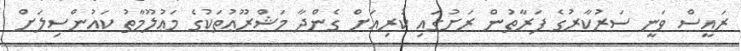
ރައީސް ވަނީ ސަރުކާރުގެ ފަރާތުން ރަށުގައި ކުރިއަށް ގެންދާ މަޝްރޫޢުތަކުގެ މަޢުލޫމާތު ކައުންސިލަށް